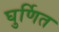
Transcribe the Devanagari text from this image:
घुर्णित